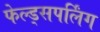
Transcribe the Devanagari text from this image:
फेल्ड्सपर्लिंग